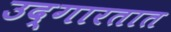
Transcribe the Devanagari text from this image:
उद्‌गारतात